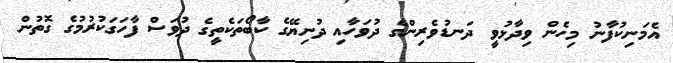
އެމަނިކުފާނު މިހެން ވިދާޅުވީ ދަނޑުވެރިންގެ ދުވަހާއި ދުނިޔޭގެ ކާބޯތަކެތީގެ ދުވަސް ފާހަގަކުރުމުގެ ގޮތުން